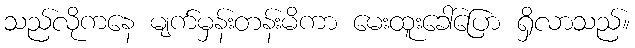
သည်လိုကနေ မျက်မှန်းတန်းမိကာ မေးထူးခေါ်ပြော ရှိလာသည်။